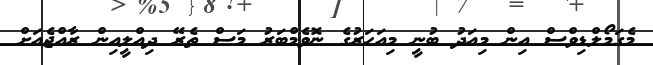
މެގަމޯލްޑިވްސް އިން މިއަދު ބުނީ މިއަހަރުގެ ނޮވެމްބަރު މަސް ތެރޭ ދިއްލީއިން ރާއްޖެއަށް